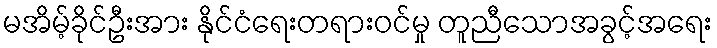
မအိမ့်ခိုင်ဦးအား နိုင်ငံရေးတရားဝင်မှု တူညီသောအခွင့်အရေး